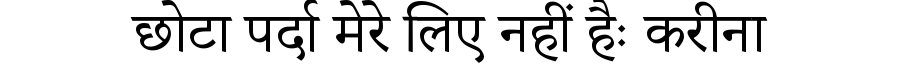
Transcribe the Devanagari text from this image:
छोटा पर्दा मेरे लिए नहीं हैः करीना